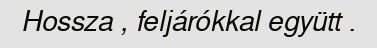
Hossza , feljárókkal együtt .